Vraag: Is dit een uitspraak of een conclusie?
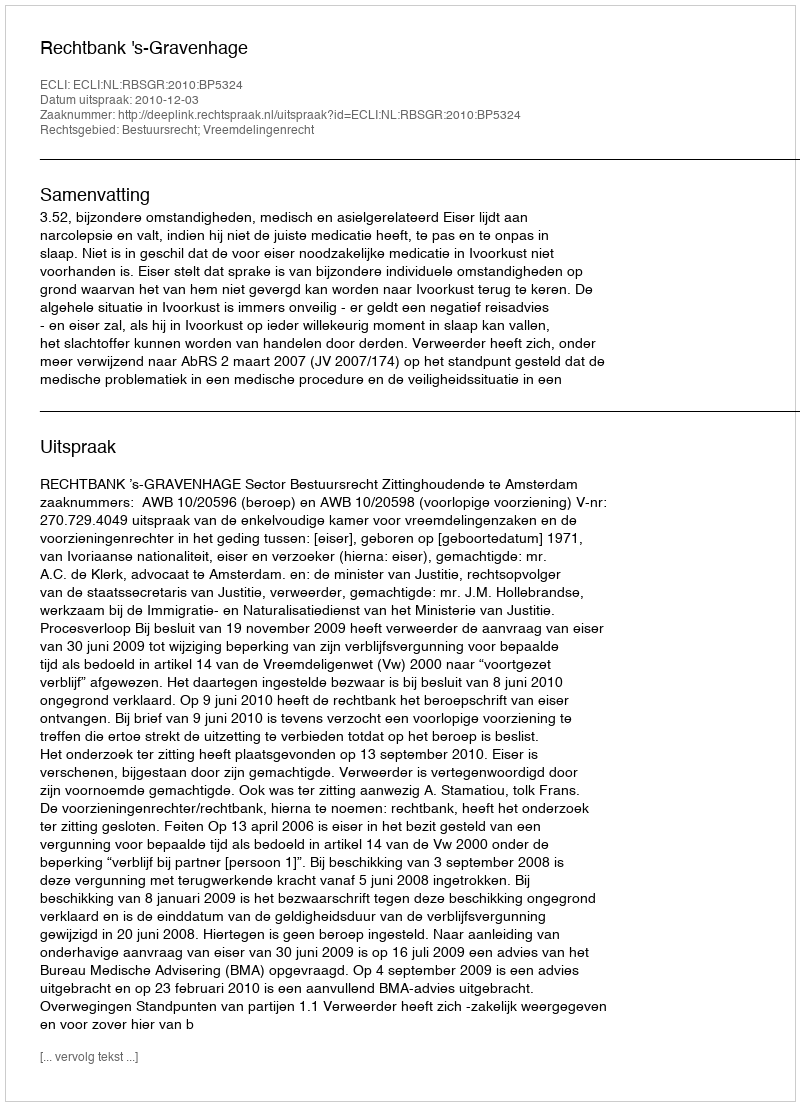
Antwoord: Uitspraak